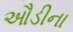
ઔડીના